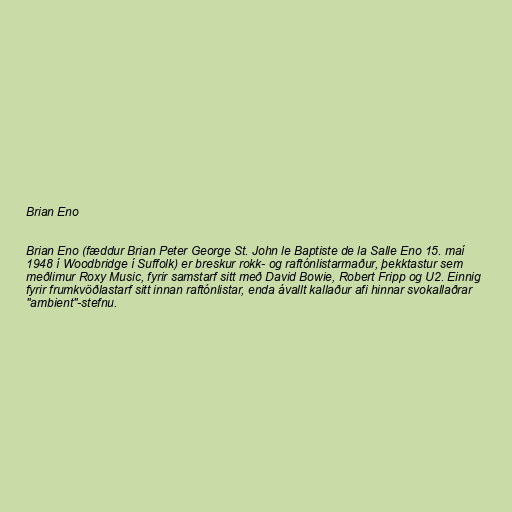
Brian Eno

Brian Eno (fæddur Brian Peter George St. John le Baptiste de la Salle Eno 15. maí
1948 í Woodbridge í Suffolk) er breskur rokk- og raftónlistarmaður, þekktastur sem
meðlimur Roxy Music, fyrir samstarf sitt með David Bowie, Robert Fripp og U2. Einnig
fyrir frumkvöðlastarf sitt innan raftónlistar, enda ávallt kallaður afi hinnar svokallaðrar
"ambient"-stefnu.